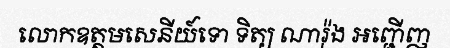
លោកឧត្តមសេនីយ៍ទោ ទិត្យ ណារ៉ុង អញ្ជើញ